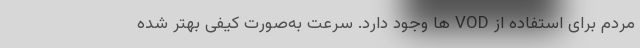
مردم برای استفاده از VOD ها وجود دارد. سرعت به‌صورت کیفی بهتر شده